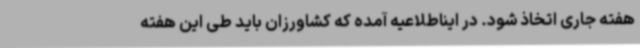
هفته جاری اتخاذ شود. در ایناطلاعیه آمده که کشاورزان باید طی این هفته